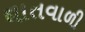
ઘાતવાળી